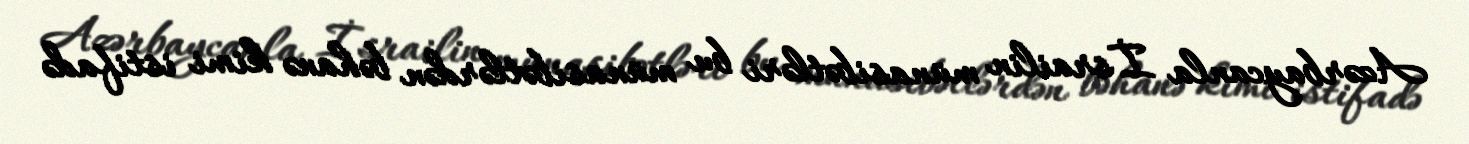
Azərbaycanla İsrailin münasibətləri bu münasibətlərdən bəhanə kimi istifadə